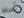
انسانة